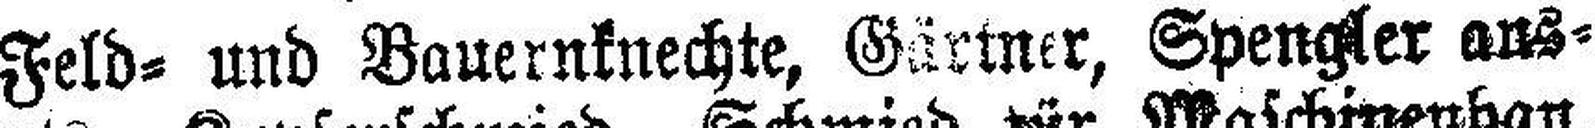
Feld= und Bauernknechte, Gärtner, Spengler aus¬